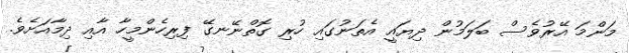
މަންމަ އޭރުވެސް ބަލަމުން ދިޔައީ އެތަނުގައި ހުރި ގޮތްނޭނގޭ ފިރިހެންމީހާ އާއި ދިމާއަށެވެ.